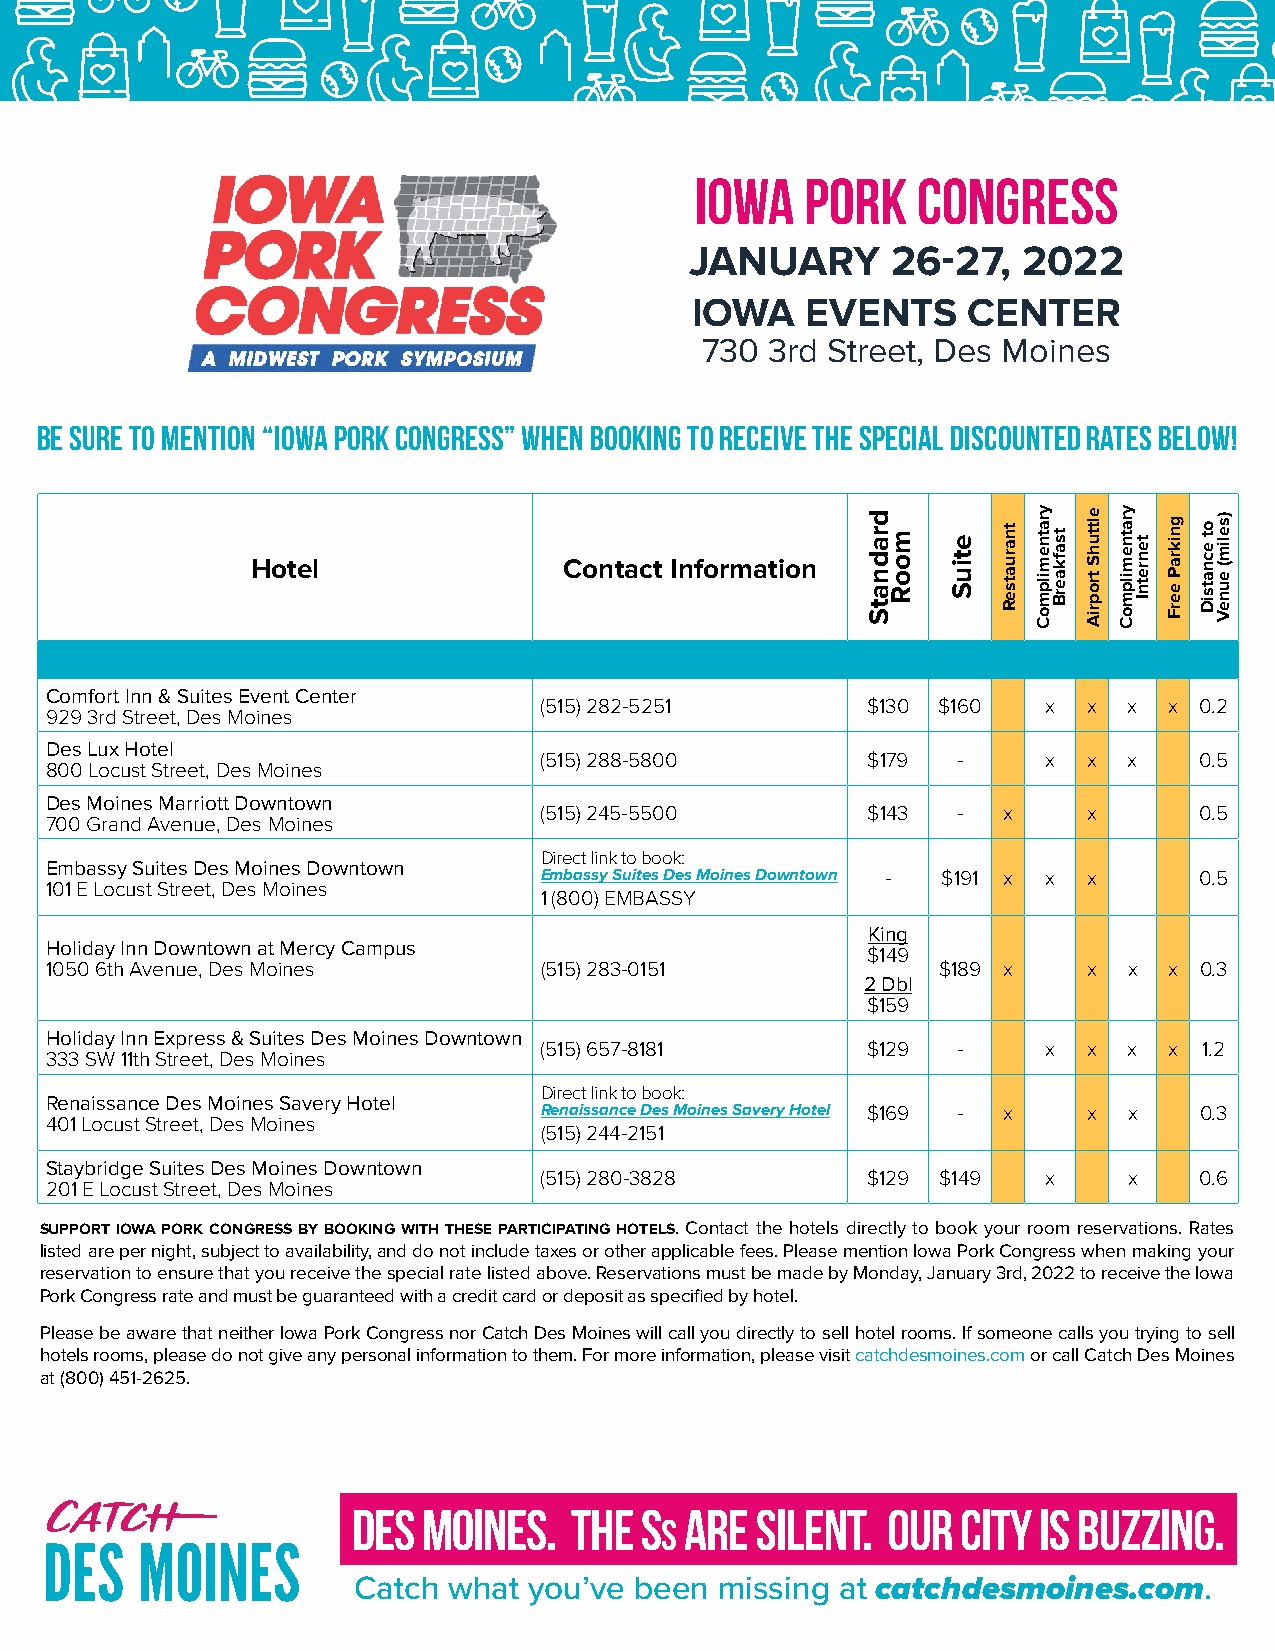
IOWA   PORK    CONGRESS
 JANUARY      26-27,   2022
 IOWA   EVENTS     CENTER
 730  3rd Street, Des Moines
 Be sure to mention “Iowa Pork Congress” when booking to receive the special discounted rates below!
 Hotel               Contact Information
 Comfort Inn & Suites Event Center
 (515) 282-5251       $130 $160   x  x  x x 0.2
 929 3rd Street, Des Moines
 Des Lux Hotel
 (515) 288-5800       $179  -     x  x  x   0.5
 800 Locust Street, Des Moines
 Des Moines Marriott Downtown
 (515) 245-5500       $143  -  x     x      0.5
 700 Grand Avenue, Des Moines
 Direct link to book:
 Embassy Suites Des Moines Downtown
 Embassy Suites Des Moines Downtown - $191 x x x 0.5
 101 E Locust Street, Des Moines
 1 (800) EMBASSY
 King
 Holiday Inn Downtown at Mercy Campus
 $149
 1050 6th Avenue, Des Moines      (515) 283-0151            $189 x    x  x x 0.3
 2 Dbl
 $159
 Holiday Inn Express & Suites Des Moines Downtown
 (515) 657-8181       $129  -     x  x  x x  1.2
 333 SW 11th Street, Des Moines
 Direct link to book:
 Renaissance Des Moines Savery Hotel
 Renaissance Des Moines Savery Hotel $169 - x x x 0.3
 401 Locust Street, Des Moines
 (515) 244-2151
 Staybridge Suites Des Moines Downtown
 (515) 280-3828       $129 $149   x     x   0.6
 201 E Locust Street, Des Moines
 SUPPORT IOWA PORK CONGRESS BY BOOKING WITH THESE PARTICIPATING HOTELS. Contact the hotels directly to book your room reservations. Rates
 listed are per night, subject to availability, and do not include taxes or other applicable fees. Please mention Iowa Pork Congress when making your
 reservation to ensure that you receive the special rate listed above. Reservations must be made by Monday, January 3rd, 2022 to receive the Iowa
 Pork Congress rate and must be guaranteed with a credit card or deposit as specified by hotel.
 Please be aware that neither Iowa Pork Congress nor Catch Des Moines will call you directly to sell hotel rooms. If someone calls you trying to sell
 hotels rooms, please do not give any personal information to them. For more information, please visit catchdesmoines.com or call Catch Des Moines
 at (800) 451-2625.
 DES  MOINES.   THE S  ARE  SILENT.  Our  City Is Buzzing.
 s
 Catch  what you’ve been  missing at catchdesmoines.com.
 dradnatS mooR etiuS tnaruatseR yratnemilpmoC tsafkaerB elttuhS
 tropriA
 yratnemilpmoC tenretnI gnikraP
 eerF
 ot
 ecnatsiD
 )selim(
 euneV